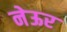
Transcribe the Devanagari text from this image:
नेऊर